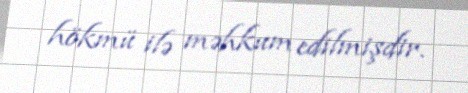
hökmü ilə məhkum edilmişdir.